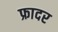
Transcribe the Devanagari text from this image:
फ्रादर